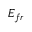
E _ { f r }